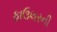
ફાઉલરની